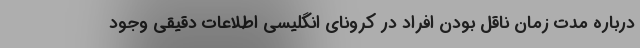
درباره مدت زمان ناقل بودن افراد در کرونای انگلیسی اطلاعات دقیقی وجود